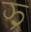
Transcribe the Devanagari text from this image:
झ्र